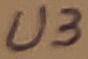
Text: U3